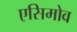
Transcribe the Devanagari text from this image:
एसिमोव